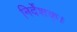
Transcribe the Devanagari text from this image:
निर्देशक्।